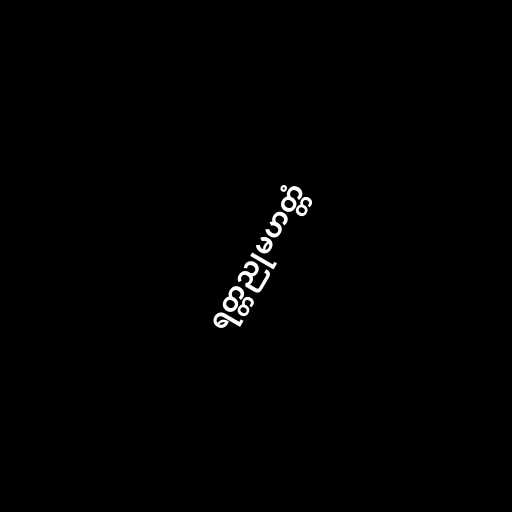
ရတ္တညုမဟတ္တံ